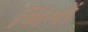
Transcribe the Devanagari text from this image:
थिमों